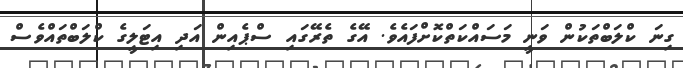
ގިނަ ކްލަބްތަކުން ވަނީ މަސައްކަތްކޮށްފައެވެ. އޭގެ ތެރޭގައި ސްޕެއިން އަދި އިޓަލީގެ ކްލަބްތައްވެސް